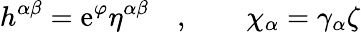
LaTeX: h^{\alpha\beta}=\mathrm{e}^{\varphi}\eta^{\alpha\beta}\quad,\qquad\chi_{\alpha}=\gamma_{\alpha}\zeta